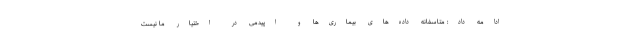
ادامه داد: متاسفانه داده‌های بیماری‌ها و اپیدمی در اختیار ما نیست